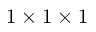
1 \times 1 \times 1